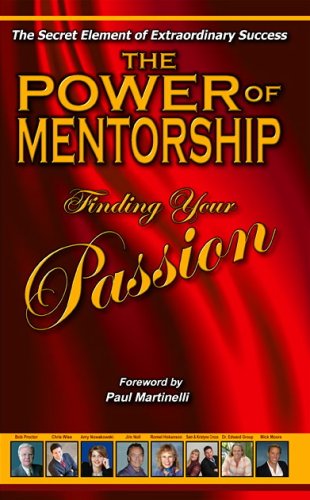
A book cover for The Power of Mentorship Finding Your Passion (The Power of Mentorship); Don Staley, Brian Tracy, Geo Zig Ziglar; Self-Help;